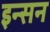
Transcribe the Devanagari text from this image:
इन्सन